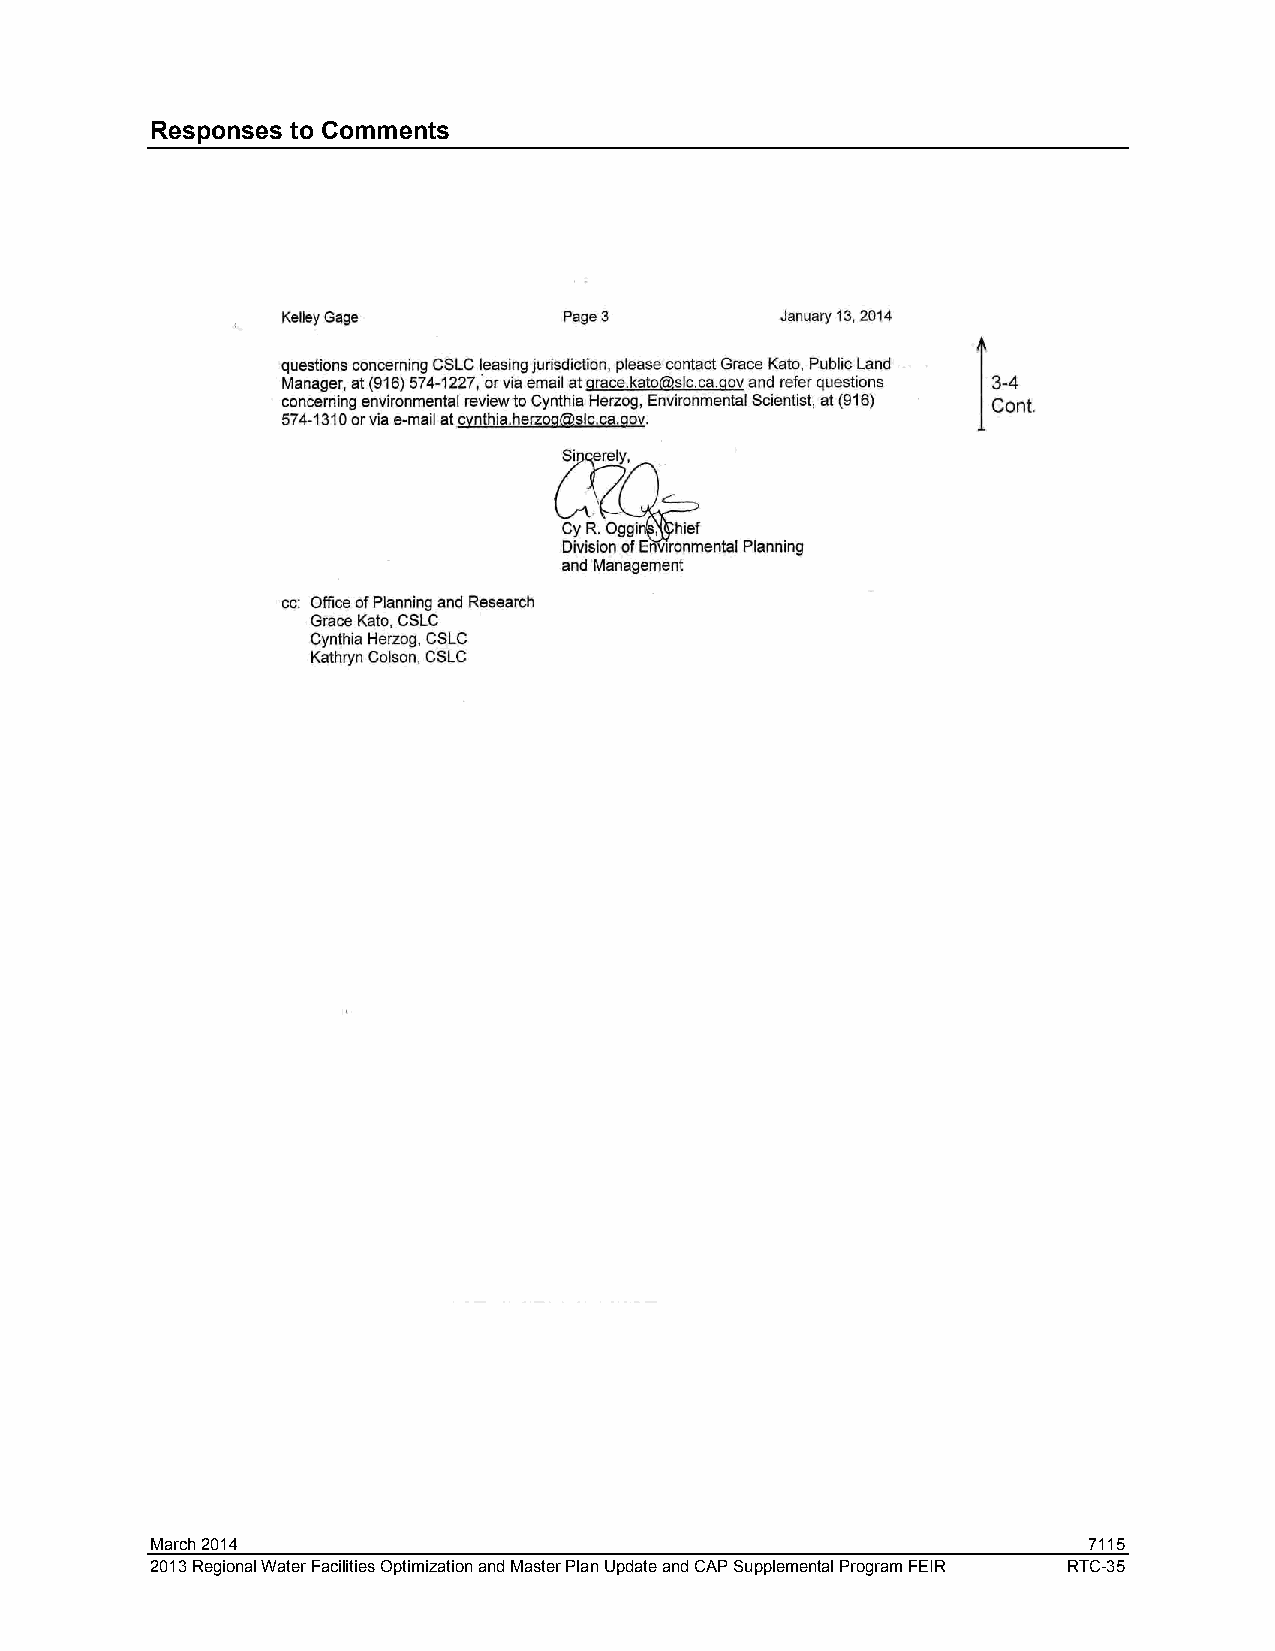
Responses to Comments
 March 2014                                                    7115
 2013 Regional Water Facilities Optimization and Master Plan Update and CAP Supplemental Program FEIR RTC-35